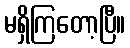
မရှိကြတော့ပြီ။